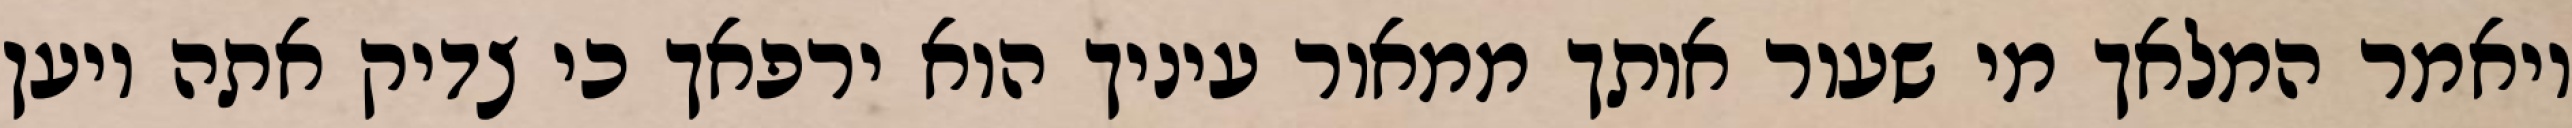
ויאמר המלאך מי שעור אותך ממאור עיניך הוא ירפאך כי צדיק אתה ויען